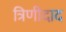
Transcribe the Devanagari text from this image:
त्रिणीदाद